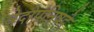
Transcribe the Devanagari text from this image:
वेदोपनिषदे